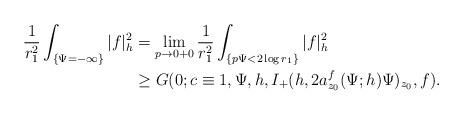
LaTeX: \begin{align*}\frac{1}{r_1^2}\int_{\{\Psi=-\infty\}}|f|^2_h&=\lim_{p\rightarrow0+0}\frac{1}{r_1^2}\int_{\{p\Psi<2\log r_1\}}|f|^2_h\\&\ge G(0;c\equiv1,\Psi,h,I_+(h,2a_{z_0}^f(\Psi;h)\Psi)_{z_0},f).\end{align*}